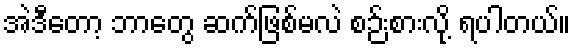
အဲဒီတော့ ဘာတွေ ဆက်ဖြစ်မလဲ စဉ်းစားလို့ ရပါတယ်။